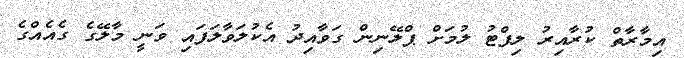
އިމާރާތް ކުރާއިރު ލިފްޓު ލުމަށް ޕްލޭނިން ގަވާއިދު އެކުލަވާލަފައި ވަނީ މާލޭގެ ގެއެއްގެ